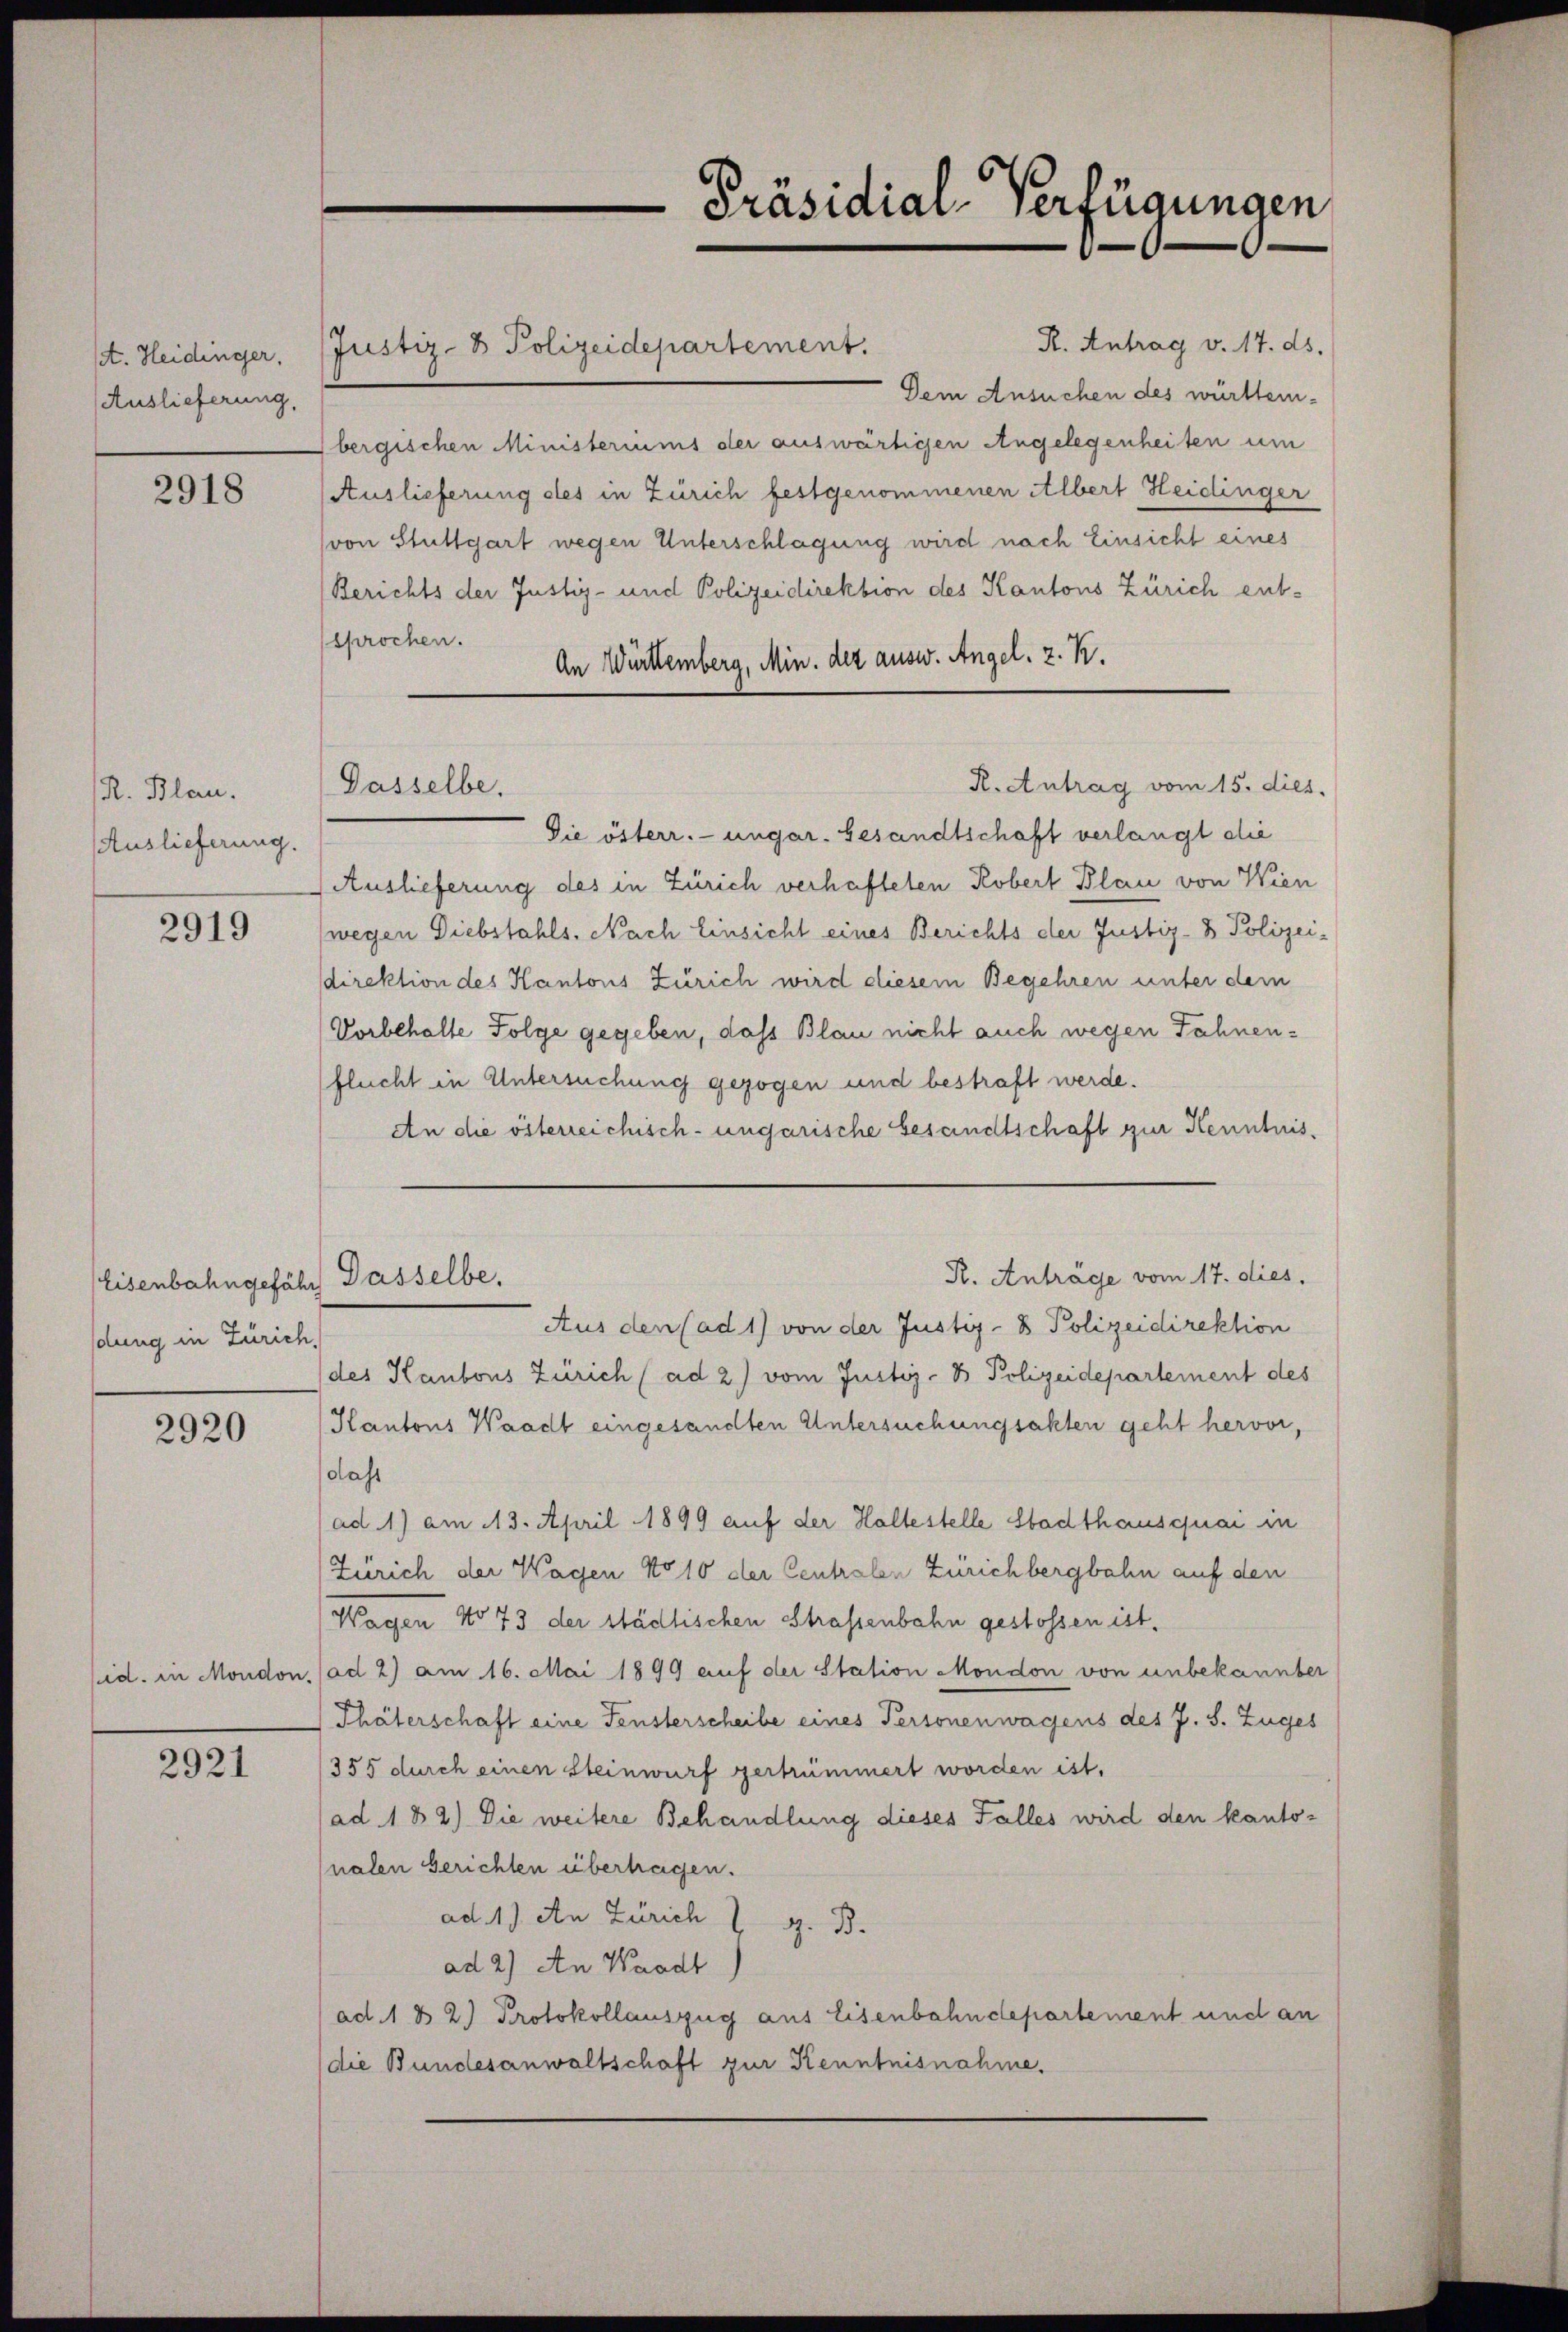
set. Heidinger.
Auslieferung,

2918

R. Blan.
Auslieferung.

2919

Eisenbahngefähr Dasselbe,
dung in Zürich,

2920

id. in Moudon

2921

R. Antrag v. 17. ds.
Justiz- & Polizeidepartement.
Dem Ansuchen des württem-
bergischen Ministeriums der auswärtigen Angelegenheiten um
Auslieferung des in Zürich festgenommenen Albert Heidinger
von Stuttgart wegen Unterschlagung wird nach Einsicht eines
Berichts der Justiz- und Polizeidirektion des Kantons Zürich entsprochen.
An Württemberg, Min. der ausw. Angel. z. B.
R. Antrag vom 15. dies.
 Die österr. ungar. Gesandtschaft verlangt die
Auslieferung des in Zürich verhafteten Robert Blau von Wien
(wegen Diebstahls. Nach Einsicht eines Berichts der Justiz- & Polizei-
sdirektion des Kantons Zürich wird diesem Begehren unter dem
Vorbehalte Folge gegeben, das Blau nicht auch wegen Fahnenflucht in Untersuchung gezogen und bestraft werde.
An die österreichisch-ungarische Gesandtschaft zur Kenntnis¬
R. Anträge vom 17. dies.
Aus den (ad 1) von der Justiz- & Polizeidirektion
des Kantons Zürich (ad 2) vom Justiz- B. Polizeidepartement des
Kantons Waadt eingesandten Untersuchungsakten geht hervor,
dass
ad 1) am 13. April 1899 auf der Haltestelle Stadthausquai in
Zürich der Wagen No 10 der Centralen Zürichbergbahn auf den
Wagen No 73 der städtischen Strassenbahn gestossen ist,
ad 2) am 16. Mai 1899 auf der Station Moudon von unbekannter
Thäterschaft eine Fensterscheibe eines Personenwagens des J. S. Zuges
/355 durch einen Steinwurf zertrümmert worden ist.
ad 182) Die weitere Behandlung dieses Falles wird den kantonalen Gerichten übertragen.
ad 1) An Zürich
g. B.
ad 2) An Waadt
ad 1 & 2.) Protokollauszug aus Eisenbahndepartement und an
(die Bundesanwaltschaft zur Kenntnisnahme.

Gasselbe.

Präsidial-Verfügungen